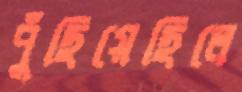
পুঁছিয়েছিলে